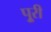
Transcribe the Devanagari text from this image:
पुूरी